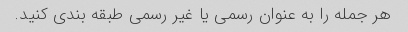
هر جمله را به عنوان رسمی یا غیر رسمی طبقه بندی کنید.